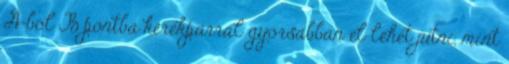
A-ból B pontba kerékpárral gyorsabban el lehet jutni, mint